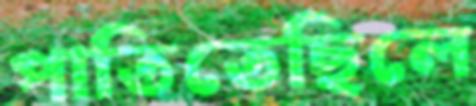
পাতিতেছিলে